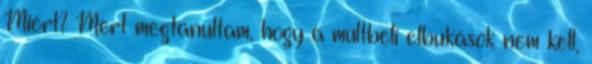
Miért? Mert megtanultam, hogy a múltbeli elbukások nem kell,